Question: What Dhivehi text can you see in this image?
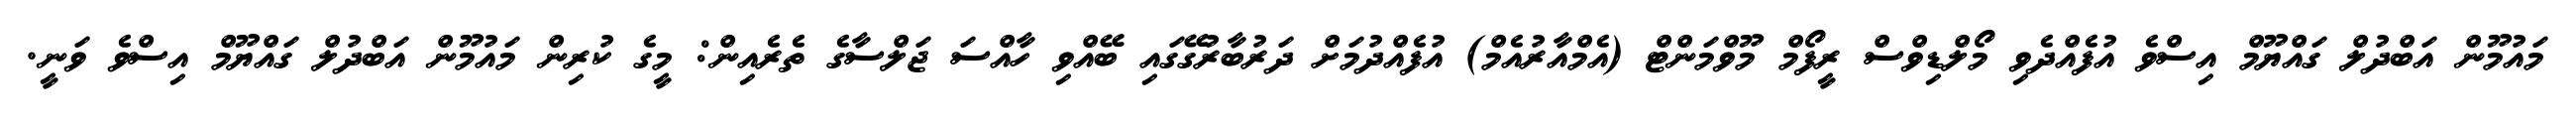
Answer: މައުމޫން އަބްދުލް ގައްޔޫމް އިސްވެ އުފެއްދެވި މޯލްޑިވްސް ރީފޯމް މޫވްމަންޓް (އެމްއާރުއެމް) އުފެއްދުމަށް ދަރުބާރުގޭގައި ބޭއްވި ހާއްސަ ޖަލްސާގެ ތެރެއިން: މީގެ ކުރިން މައުމޫން އަބްދުލް ގައްޔޫމް އިސްވެ ވަނީ.